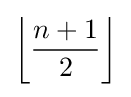
\left\lfloor {\frac {n+1}{2}}\right\rfloor